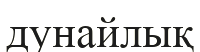
дунайлық